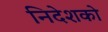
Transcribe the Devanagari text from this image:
निदेशको